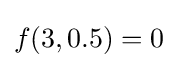
f(3,0.5)=0